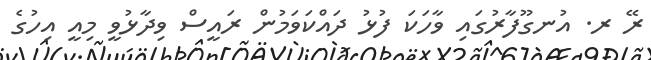
ރޭ ރ. އުނގޫފާރުގައި ވާހަކަ ފުޅު ދައްކަވަމުން ރައީސް ވިދާޅުވީ މިއީ އިހުގެ